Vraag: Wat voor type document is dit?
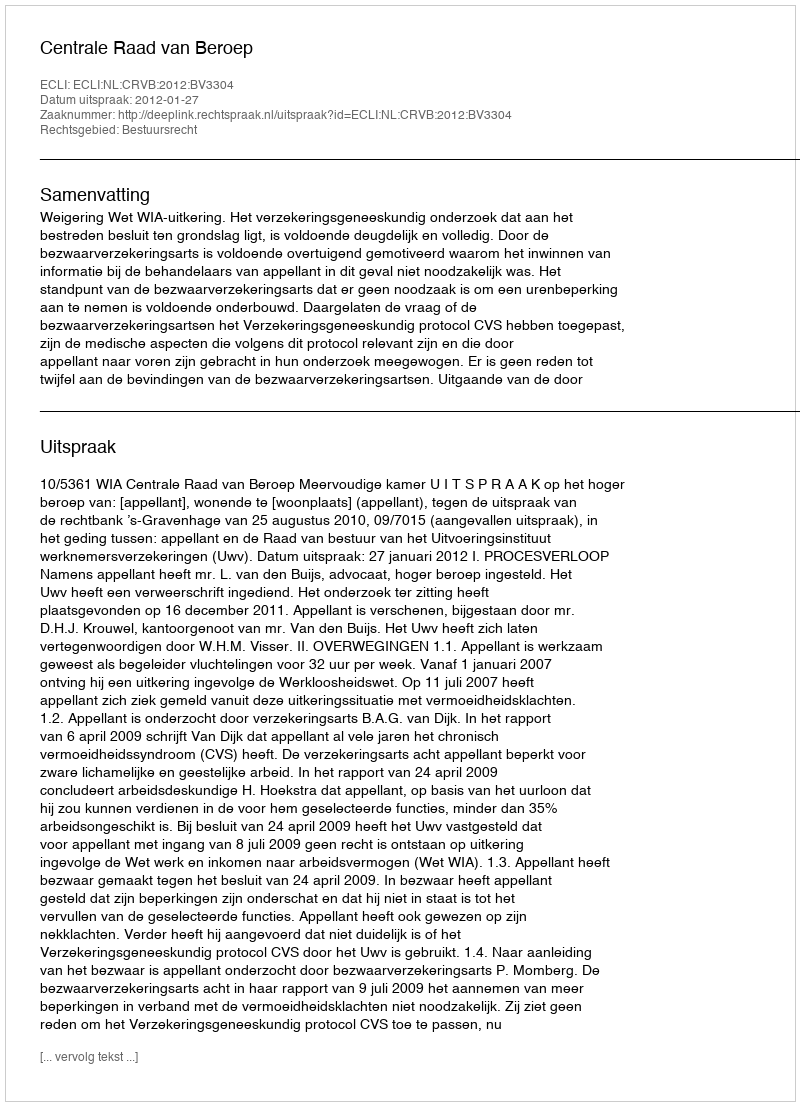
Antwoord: Uitspraak